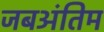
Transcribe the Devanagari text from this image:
जबअंतिम